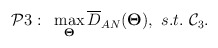
\begin{align*} \begin{aligned}\mathcal{P}3:~&\max_{\bold{\Theta}} \overline{D}_{AN}(\bold{\Theta}),~s.t.~\mathcal{C}_3. \end{aligned} \end{align*}